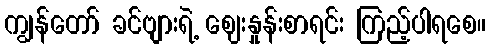
ကျွန်တော် ခင်ဗျားရဲ့ ဈေးနှုန်းစာရင်း ကြည့်ပါရစေ။